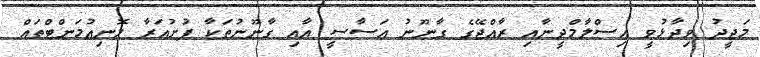
މަޖީދު ވިދާޅުވީ އިސްލާމްދީނާއި ރާއްޖޭގެ ގާނޫނު އަސާސީ އާއި ގާނޫނުތަކާ ފުށުއަރާ މޮނިއުމަންޓްތައް